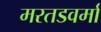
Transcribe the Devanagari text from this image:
मरतडवर्मा